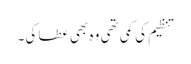
تنظیم کی کمی تھی وہ بھی عطا کی۔